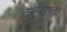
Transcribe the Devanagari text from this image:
दुर्लक्षाचा